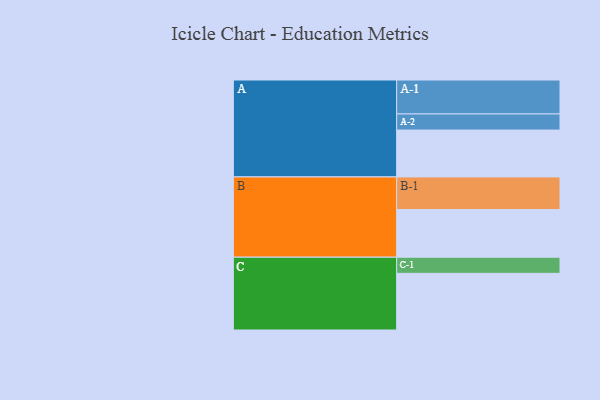
{"axis": {"x": "Segment", "y": "Value"}, "legend": ["", "A", "B", "C"], "data": [{"x": "A", "y": 363, "type": ""}, {"x": "B", "y": 369, "type": ""}, {"x": "C", "y": 439, "type": ""}, {"x": "A-1", "y": 263, "type": "A"}, {"x": "A-2", "y": 125, "type": "A"}, {"x": "B-1", "y": 253, "type": "B"}, {"x": "C-1", "y": 125, "type": "C"}]}